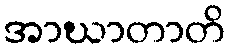
အာဃာတာတိ